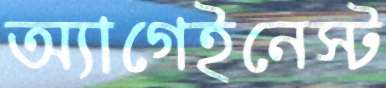
অ্যাগেইনেস্ট